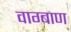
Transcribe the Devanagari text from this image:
वाग्बाण